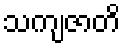
သကျဇာတိ